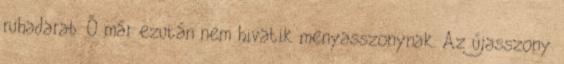
ruhadarab. Ő már ezután nem hivatik menyasszonynak. Az újasszony